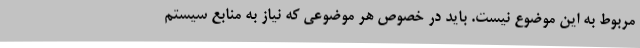
مربوط به این موضوع نیست. باید در خصوص هر موضوعی که نیاز به منابع سیستم